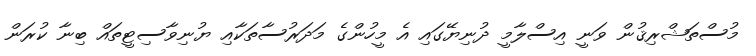
މުސްތަޝްރިޤުން ވަނީ އިސްލާމީ ދުނިޔޭގައި އެ މީހުންގެ މަދަރުސާތަކާއި ޔުނިވާސިޓީތައް ބިނާ ކުރަން